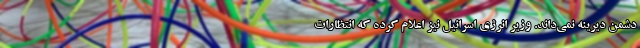
دشمن دیرینه نمی‌داند. وزیر انرژی اسرائیل نیز اعلام کرده که انتظارات